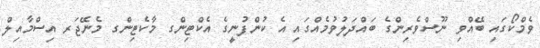
ވެމްކޯގައި ބޭއްވި ނޫސްވެރިންގެ ބައްދަލުވުމެއްގައި އެ ކުންފުނީގެ އެކްޓިންގ މާކެޓިންގ މެނޭޖަރ އިސްމާއިލް